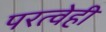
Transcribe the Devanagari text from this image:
परत्वेही